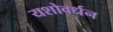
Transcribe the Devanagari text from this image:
यशोवर्धन